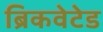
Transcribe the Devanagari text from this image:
ब्रिकवेटेड